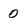
Character: 0